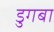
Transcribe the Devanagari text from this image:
डुगबा